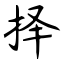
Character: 择